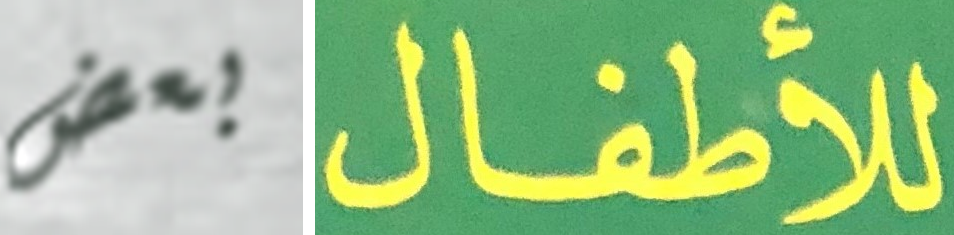
بعض للأطفال